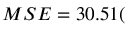
M S E = 3 0 . 5 1 ( \